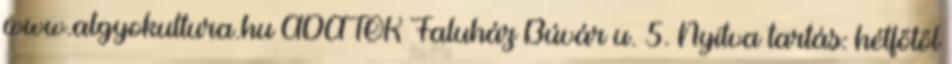
www.algyokultura.hu ADATOK Faluház Búvár u. 5. Nyitva tartás: hétfőtől